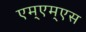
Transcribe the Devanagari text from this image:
एम्एम्एस